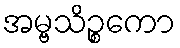
အမ္ဗသိဉ္စကော